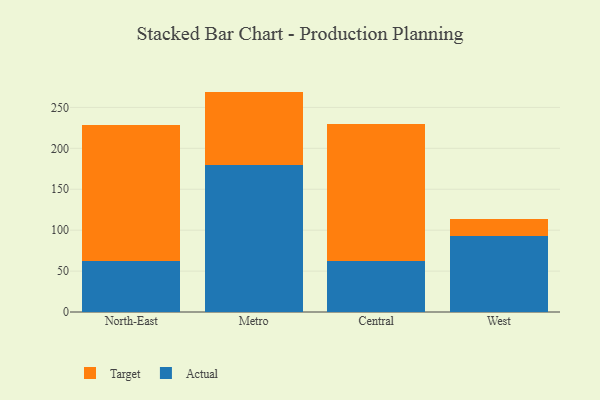
{"axis": {"x": "Region", "y": "Production Output"}, "legend": ["Actual", "Target"], "data": [{"x": "North-East", "y": 62.8, "type": "Actual"}, {"x": "North-East", "y": 165.7, "type": "Target"}, {"x": "Metro", "y": 179.3, "type": "Actual"}, {"x": "Metro", "y": 90.0, "type": "Target"}, {"x": "Central", "y": 62.0, "type": "Actual"}, {"x": "Central", "y": 168.3, "type": "Target"}, {"x": "West", "y": 92.3, "type": "Actual"}, {"x": "West", "y": 21.9, "type": "Target"}]}